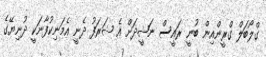
ގްލޯބަލް ގްރީންއިން ބުނީ ރައީސް ނަޝީދަށް އެ ޝަރަފު ދެނީ އެމަނިކުފާނަކީ ދުނިޔޭގެ